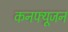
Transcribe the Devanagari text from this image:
कनफ्यूजन